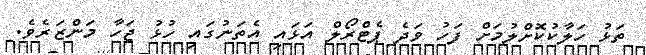
ތަޅު ހަލާކުކޮށްލުމަށް ފަހު ވަދެ ޕެޓްރޯލް އަޅައި އެތަނުގައި ހުޅު ޖަހާ މަންޒަރެވެ.